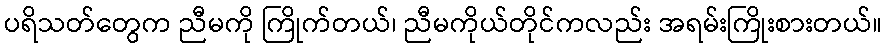
ပရိသတ်တွေက ညီမကို ကြိုက်တယ်၊ ညီမကိုယ်တိုင်ကလည်း အရမ်းကြိုးစားတယ်။